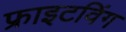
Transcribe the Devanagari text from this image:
फ्राइटविंग